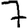
Digit: 7